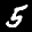
Label: 5